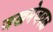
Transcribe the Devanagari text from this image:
जखमेजवळ